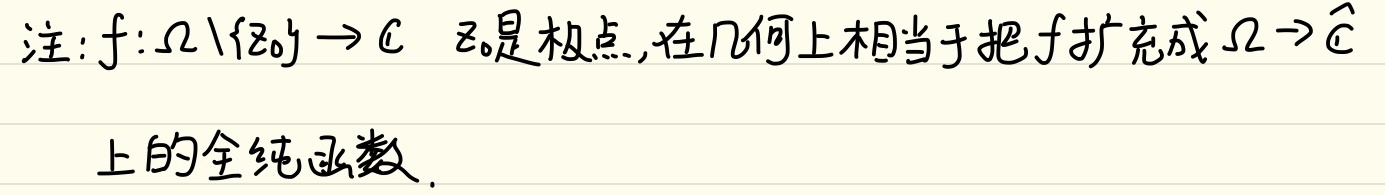
注：\(f:\Omega\backslash\{z_0\} \to \mathbb{C}\)，\(z_0\)是极点，在几何上相当于把\(f\)扩充成\(\Omega \to \widehat{\mathbb{C}}\)上的全纯函数。